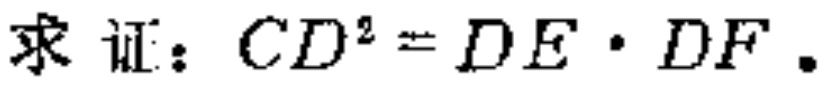
求证：\(CD^{2}=DE\cdot DF\)。